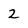
Character: 2